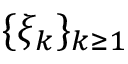
\{ \xi _ { k } \} _ { k \geq 1 }